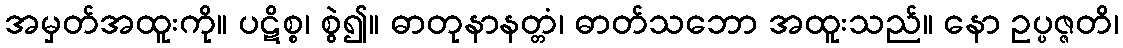
အမှတ်အထူးကို။ ပဋိစ္စ၊ စွဲ၍။ ဓာတုနာနတ္တံ၊ ဓာတ်သဘော အထူးသည်။ နော ဥပ္ပဇ္ဇတိ၊